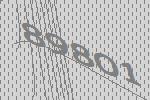
89801